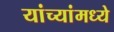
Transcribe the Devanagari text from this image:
यांच्यांमध्ये